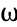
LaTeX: \upomega